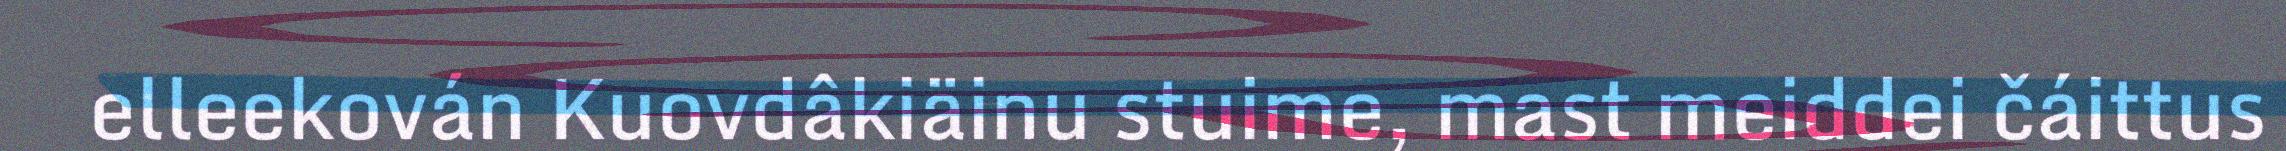
elleekován Kuovdâkiäinu stuime, mast meiddei čáittus